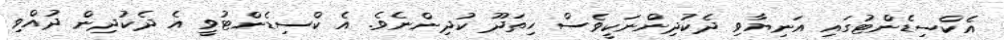
އެކްސިޑެންޓުގައި އަނިޔާވި ދެކުދިންނަކީވެސް ހިތަދޫ ކުދިންނެވެ. އެ ކްސިޑެންޓުވީ އެ ދެކުދިން ދުއްވި